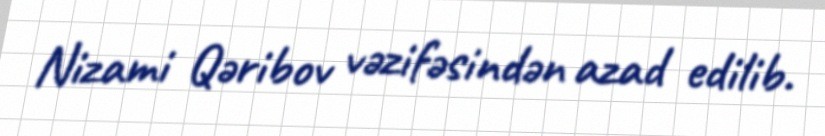
Nizami Qəribov vəzifəsindən azad edilib.